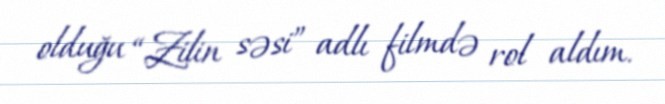
olduğu “Zilin səsi” adlı filmdə rol aldım.